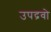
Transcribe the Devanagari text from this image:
उपद्रवो